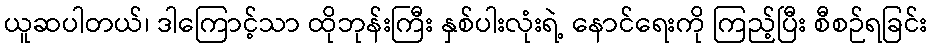
ယူဆပါတယ်၊ ဒါကြောင့်သာ ထိုဘုန်းကြီး နှစ်ပါးလုံးရဲ့ နောင်ရေးကို ကြည့်ပြီး စီစဉ်ရခြင်း